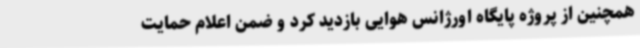
همچنین از پروژه پایگاه اورژانس هوایی بازدید کرد و ضمن اعلام حمایت